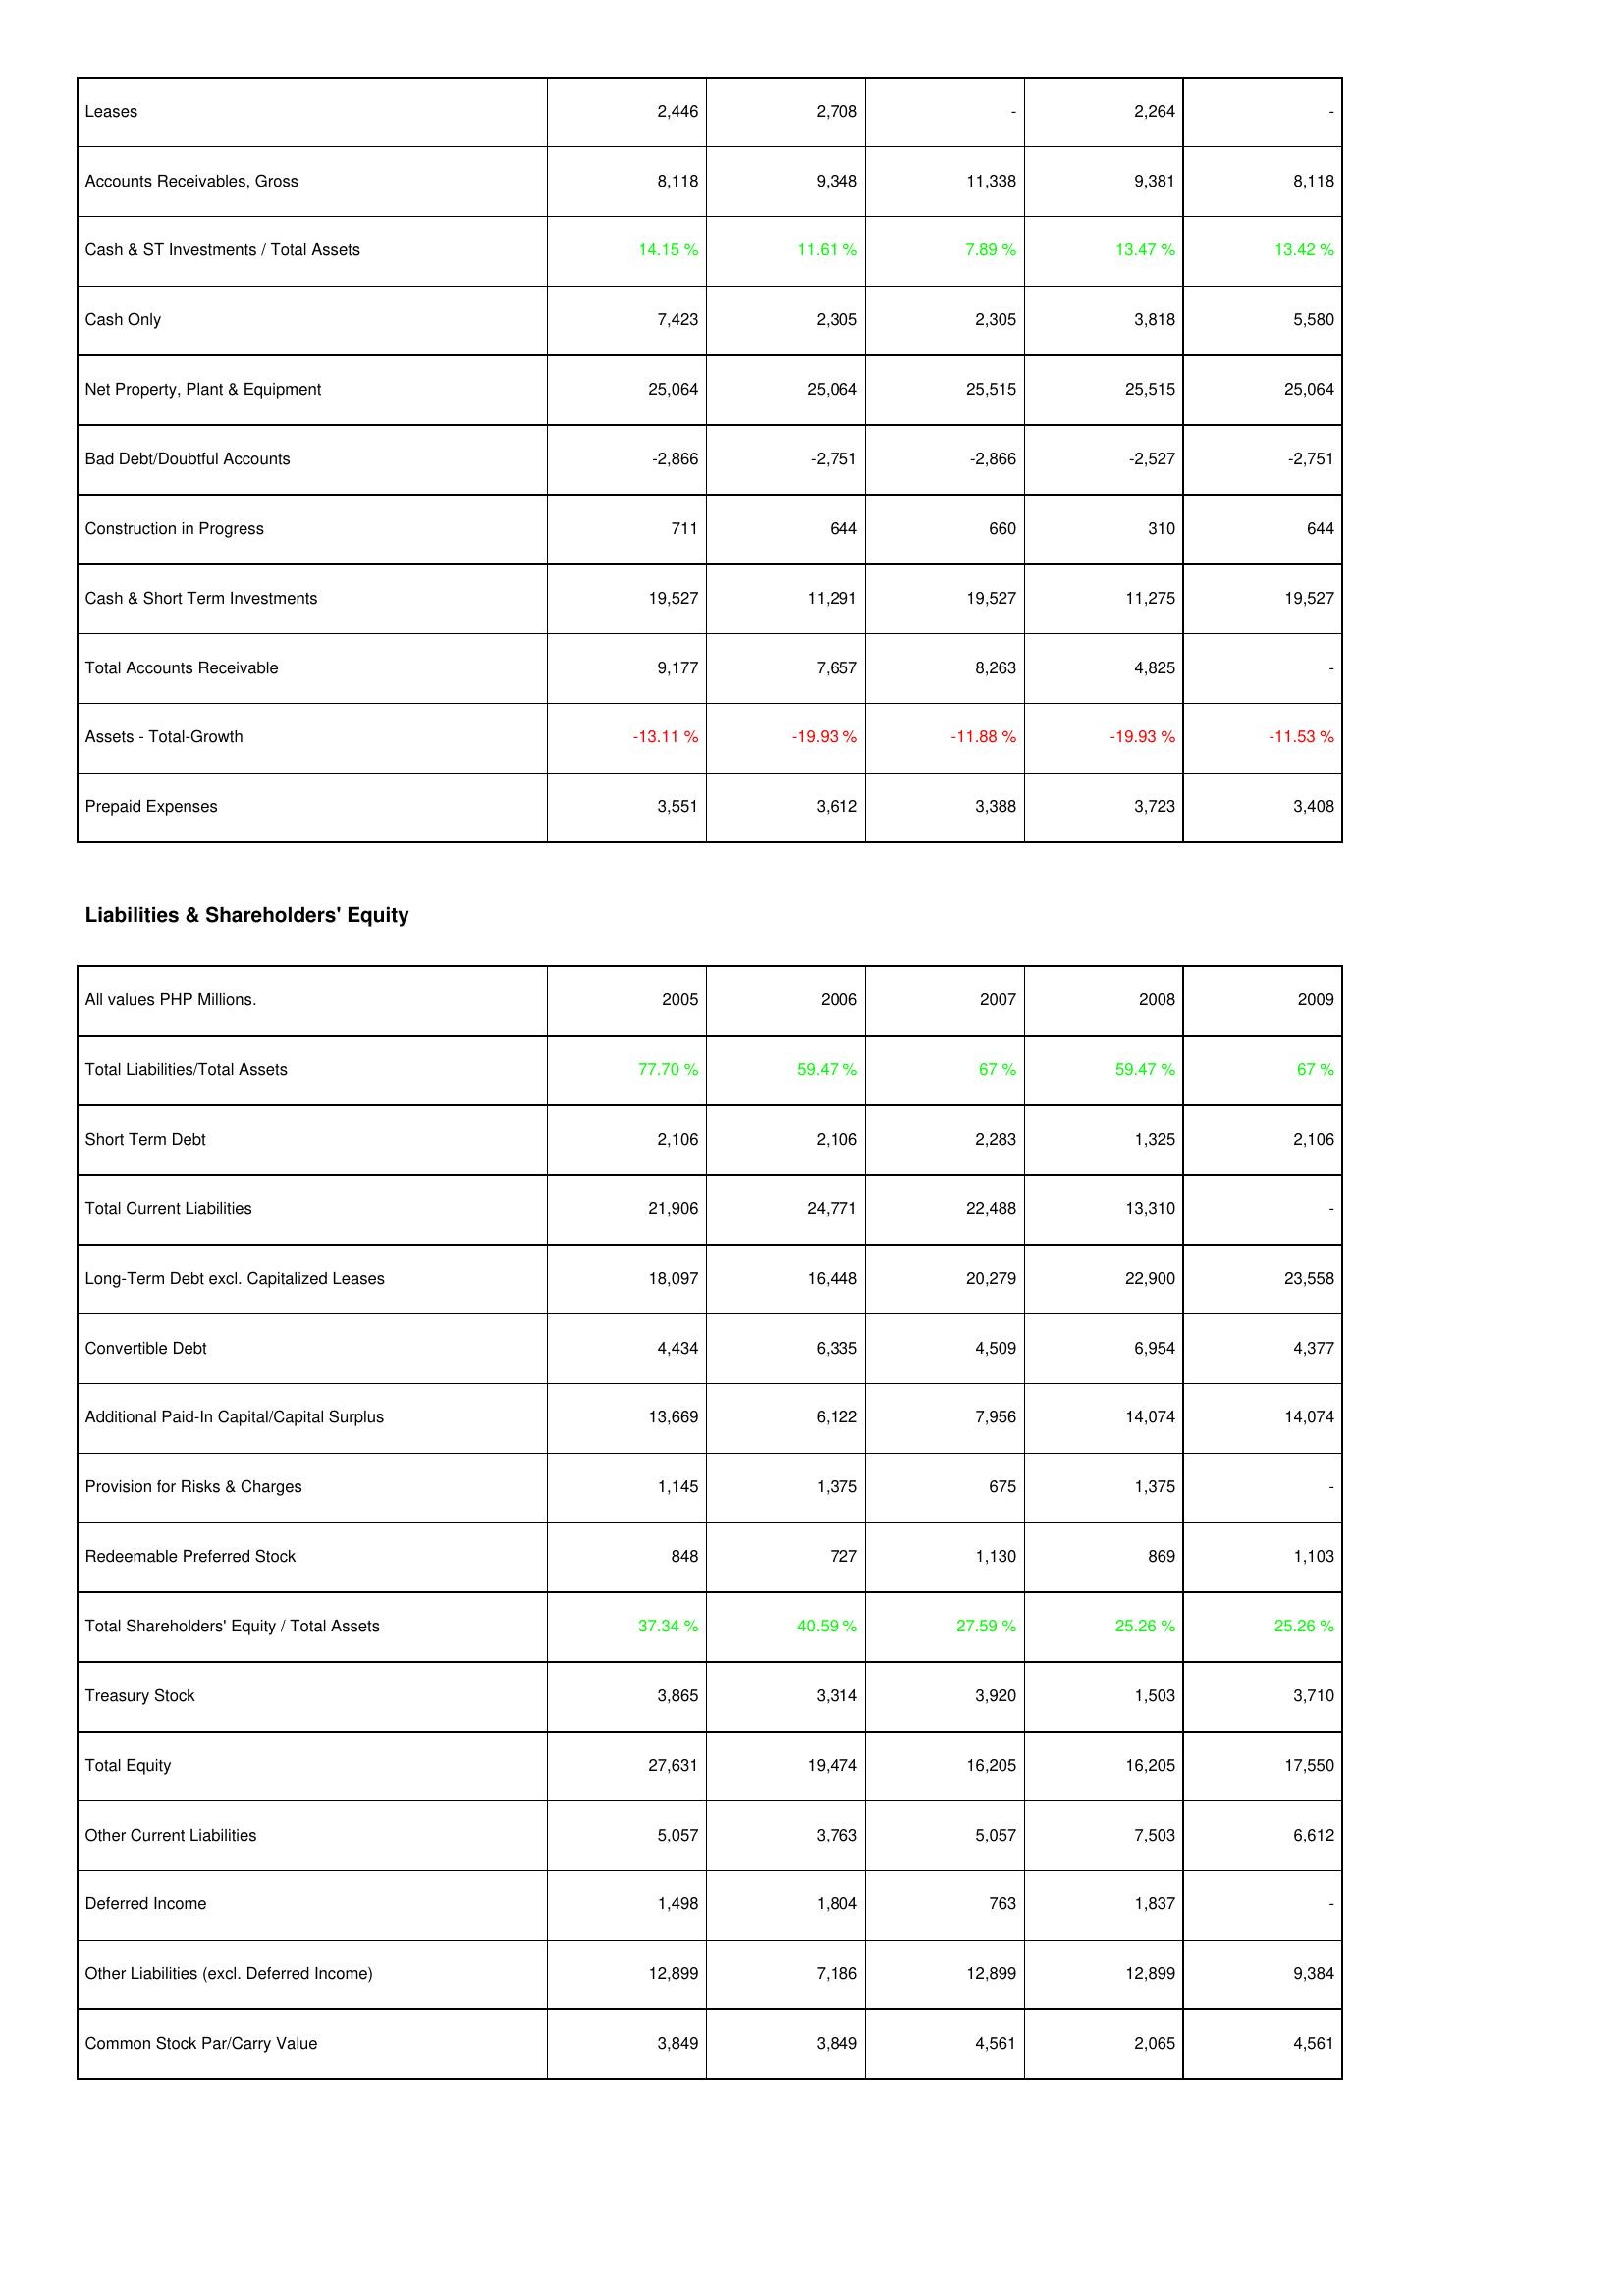
2005: Assets: Leases: 2,446
Accounts Receivables, Gross: 8,118
Cash & ST Investments / Total Assets: 14.15 %
Cash Only: 7,423
Net Property, Plant & Equipment: 25,064
Bad Debt/Doubtful Accounts: -2,866
Construction in Progress: 711
Cash & Short Term Investments: 19,527
Total Accounts Receivable: 9,177
Assets - Total-Growth: -13.11 %
Prepaid Expenses: 3,551
Liabilities & Shareholders' Equity: Total Liabilities/Total Assets: 77.70 %
Short Term Debt: 2,106
Total Current Liabilities: 21,906
Long-Term Debt excl. Capitalized Leases: 18,097
Convertible Debt: 4,434
Additional Paid-In Capital/Capital Surplus: 13,669
Provision for Risks & Charges: 1,145
Redeemable Preferred Stock: 848
Total Shareholders' Equity / Total Assets: 37.34 %
Treasury Stock: 3,865
Total Equity: 27,631
Other Current Liabilities: 5,057
Deferred Income: 1,498
Other Liabilities (excl. Deferred Income): 12,899
Common Stock Par/Carry Value: 3,849
2006: Assets: Leases: 2,708
Accounts Receivables, Gross: 9,348
Cash & ST Investments / Total Assets: 11.61 %
Cash Only: 2,305
Net Property, Plant & Equipment: 25,064
Bad Debt/Doubtful Accounts: -2,751
Construction in Progress: 644
Cash & Short Term Investments: 11,291
Total Accounts Receivable: 7,657
Assets - Total-Growth: -19.93 %
Prepaid Expenses: 3,612
Liabilities & Shareholders' Equity: Total Liabilities/Total Assets: 59.47 %
Short Term Debt: 2,106
Total Current Liabilities: 24,771
Long-Term Debt excl. Capitalized Leases: 16,448
Convertible Debt: 6,335
Additional Paid-In Capital/Capital Surplus: 6,122
Provision for Risks & Charges: 1,375
Redeemable Preferred Stock: 727
Total Shareholders' Equity / Total Assets: 40.59 %
Treasury Stock: 3,314
Total Equity: 19,474
Other Current Liabilities: 3,763
Deferred Income: 1,804
Other Liabilities (excl. Deferred Income): 7,186
Common Stock Par/Carry Value: 3,849
2007: Assets: Leases: -
Accounts Receivables, Gross: 11,338
Cash & ST Investments / Total Assets: 7.89 %
Cash Only: 2,305
Net Property, Plant & Equipment: 25,515
Bad Debt/Doubtful Accounts: -2,866
Construction in Progress: 660
Cash & Short Term Investments: 19,527
Total Accounts Receivable: 8,263
Assets - Total-Growth: -11.88 %
Prepaid Expenses: 3,388
Liabilities & Shareholders' Equity: Total Liabilities/Total Assets: 67 %
Short Term Debt: 2,283
Total Current Liabilities: 22,488
Long-Term Debt excl. Capitalized Leases: 20,279
Convertible Debt: 4,509
Additional Paid-In Capital/Capital Surplus: 7,956
Provision for Risks & Charges: 675
Redeemable Preferred Stock: 1,130
Total Shareholders' Equity / Total Assets: 27.59 %
Treasury Stock: 3,920
Total Equity: 16,205
Other Current Liabilities: 5,057
Deferred Income: 763
Other Liabilities (excl. Deferred Income): 12,899
Common Stock Par/Carry Value: 4,561
2008: Assets: Leases: 2,264
Accounts Receivables, Gross: 9,381
Cash & ST Investments / Total Assets: 13.47 %
Cash Only: 3,818
Net Property, Plant & Equipment: 25,515
Bad Debt/Doubtful Accounts: -2,527
Construction in Progress: 310
Cash & Short Term Investments: 11,275
Total Accounts Receivable: 4,825
Assets - Total-Growth: -19.93 %
Prepaid Expenses: 3,723
Liabilities & Shareholders' Equity: Total Liabilities/Total Assets: 59.47 %
Short Term Debt: 1,325
Total Current Liabilities: 13,310
Long-Term Debt excl. Capitalized Leases: 22,900
Convertible Debt: 6,954
Additional Paid-In Capital/Capital Surplus: 14,074
Provision for Risks & Charges: 1,375
Redeemable Preferred Stock: 869
Total Shareholders' Equity / Total Assets: 25.26 %
Treasury Stock: 1,503
Total Equity: 16,205
Other Current Liabilities: 7,503
Deferred Income: 1,837
Other Liabilities (excl. Deferred Income): 12,899
Common Stock Par/Carry Value: 2,065
2009: Assets: Leases: -
Accounts Receivables, Gross: 8,118
Cash & ST Investments / Total Assets: 13.42 %
Cash Only: 5,580
Net Property, Plant & Equipment: 25,064
Bad Debt/Doubtful Accounts: -2,751
Construction in Progress: 644
Cash & Short Term Investments: 19,527
Total Accounts Receivable: -
Assets - Total-Growth: -11.53 %
Prepaid Expenses: 3,408
Liabilities & Shareholders' Equity: Total Liabilities/Total Assets: 67 %
Short Term Debt: 2,106
Total Current Liabilities: -
Long-Term Debt excl. Capitalized Leases: 23,558
Convertible Debt: 4,377
Additional Paid-In Capital/Capital Surplus: 14,074
Provision for Risks & Charges: -
Redeemable Preferred Stock: 1,103
Total Shareholders' Equity / Total Assets: 25.26 %
Treasury Stock: 3,710
Total Equity: 17,550
Other Current Liabilities: 6,612
Deferred Income: -
Other Liabilities (excl. Deferred Income): 9,384
Common Stock Par/Carry Value: 4,561